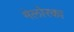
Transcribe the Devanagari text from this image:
मेलोरका